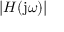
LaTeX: | H ( \mathrm { j } \omega ) |